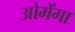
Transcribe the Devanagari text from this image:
ओमेंगा